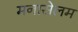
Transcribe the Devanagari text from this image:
मनासेलम